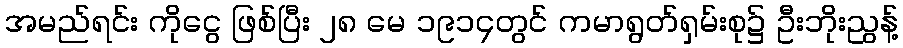
အမည်ရင်း ကိုငွေ ဖြစ်ပြီး ၂၈ မေ ၁၉၁၄တွင် ကမာရွတ်ရှမ်းစု၌ ဦးဘိုးညွန့်